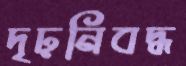
দৃঢ়নিবদ্ধ